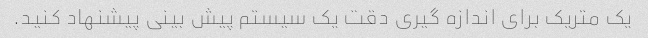
یک متریک برای اندازه گیری دقت یک سیستم پیش بینی پیشنهاد کنید.